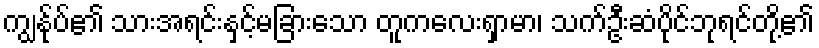
ကျွနု်ပ်၏ သားအရင်းနှင့်မခြားသော တူကလေးရှာမာ၊ သက်ဦးဆံပိုင်ဘုရင်တို့၏